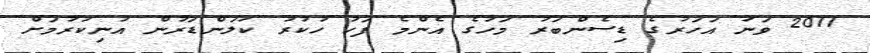
2011 ވަނަ އަހަރުގެ ޑިސެންބަރު މަހުގެ އެންމެ ފަހު ހުކުރު ކަލަންޑަރުން އުނިކުރުމަށް